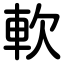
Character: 軟